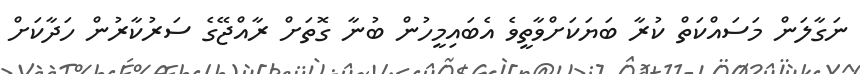
ނަގާލަން މަސައްކަތް ކުރާ ބަޔަކަށްވާތީވެ އެބައިމީހުން ބުނާ ގޮތަށް ރާއްޖޭގެ ސަރުކާރުން ހަދާކަށް